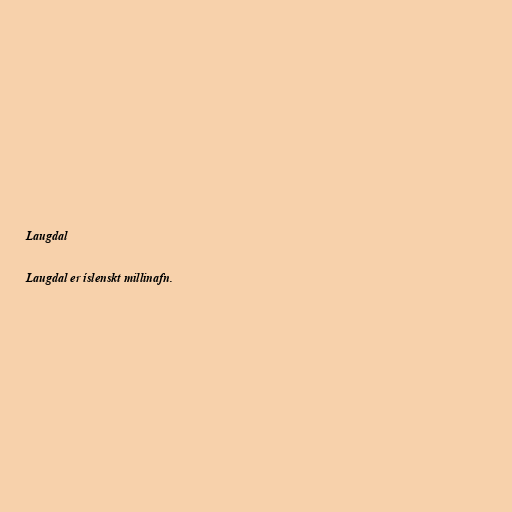
Laugdal

Laugdal er íslenskt millinafn.